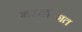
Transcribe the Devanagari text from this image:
भरचौकात